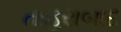
તાહરાબાદ